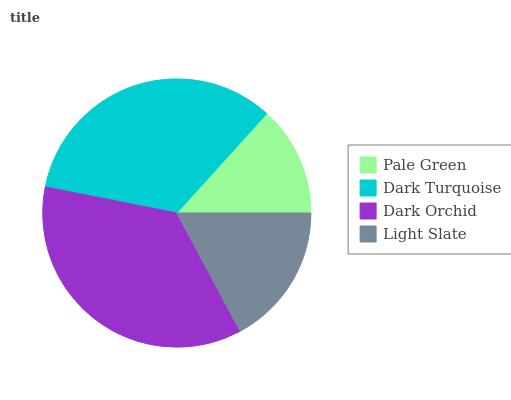
| Pale Green | Dark Turquoise | Dark Orchid | Light Slate |
 | --- | --- | --- | --- |
 | 13.3% | 33.6% | 36% | 17.2% |